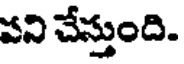
పని చేస్తుంది.